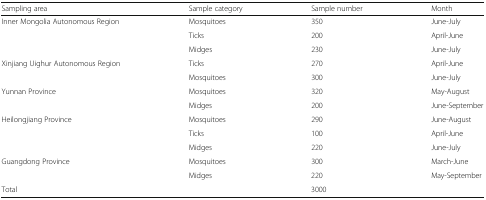
<table><thead><tr><td><b>Sampling area</b></td><td><b>Sample category</b></td><td><b>Sample number</b></td><td><b>Month</b></td></tr></thead><tbody><tr><td rowspan="3">Inner Mongolia Autonomous Region</td><td>Mosquitoes</td><td>350</td><td>June-July</td></tr><tr><td>Ticks</td><td>200</td><td>April-June</td></tr><tr><td>Midges</td><td>230</td><td>June-July</td></tr><tr><td rowspan="2">Xinjiang Uighur Autonomous Region</td><td>Ticks</td><td>270</td><td>April-June</td></tr><tr><td>Mosquitoes</td><td>300</td><td>June-July</td></tr><tr><td rowspan="2">Yunnan Province</td><td>Mosquitoes</td><td>320</td><td>May-August</td></tr><tr><td>Midges</td><td>200</td><td>June-September</td></tr><tr><td rowspan="3">Heilongjiang Province</td><td>Mosquitoes</td><td>290</td><td>June-August</td></tr><tr><td>Ticks</td><td>100</td><td>April-June</td></tr><tr><td>Midges</td><td>220</td><td>June-July</td></tr><tr><td rowspan="2">Guangdong Province</td><td>Mosquitoes</td><td>300</td><td>March-June</td></tr><tr><td>Midges</td><td>220</td><td>May-September</td></tr><tr><td>Total</td><td></td><td>3000</td><td></td></tr></tbody></table>